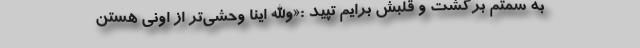
به سمتم برگشت و قلبش برایم تپید :«والله اینا وحشی‌تر از اونی هستن